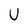
Character: U